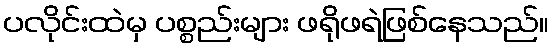
ပလိုင်းထဲမှ ပစ္စည်းများ ဖရိုဖရဲဖြစ်နေသည်။